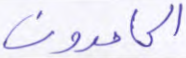
الحامدون